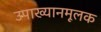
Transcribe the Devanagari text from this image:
उपाख्यानमूलक